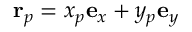
\mathbf { r } _ { p } = x _ { p } \mathbf { e } _ { x } + y _ { p } \mathbf { e } _ { y }